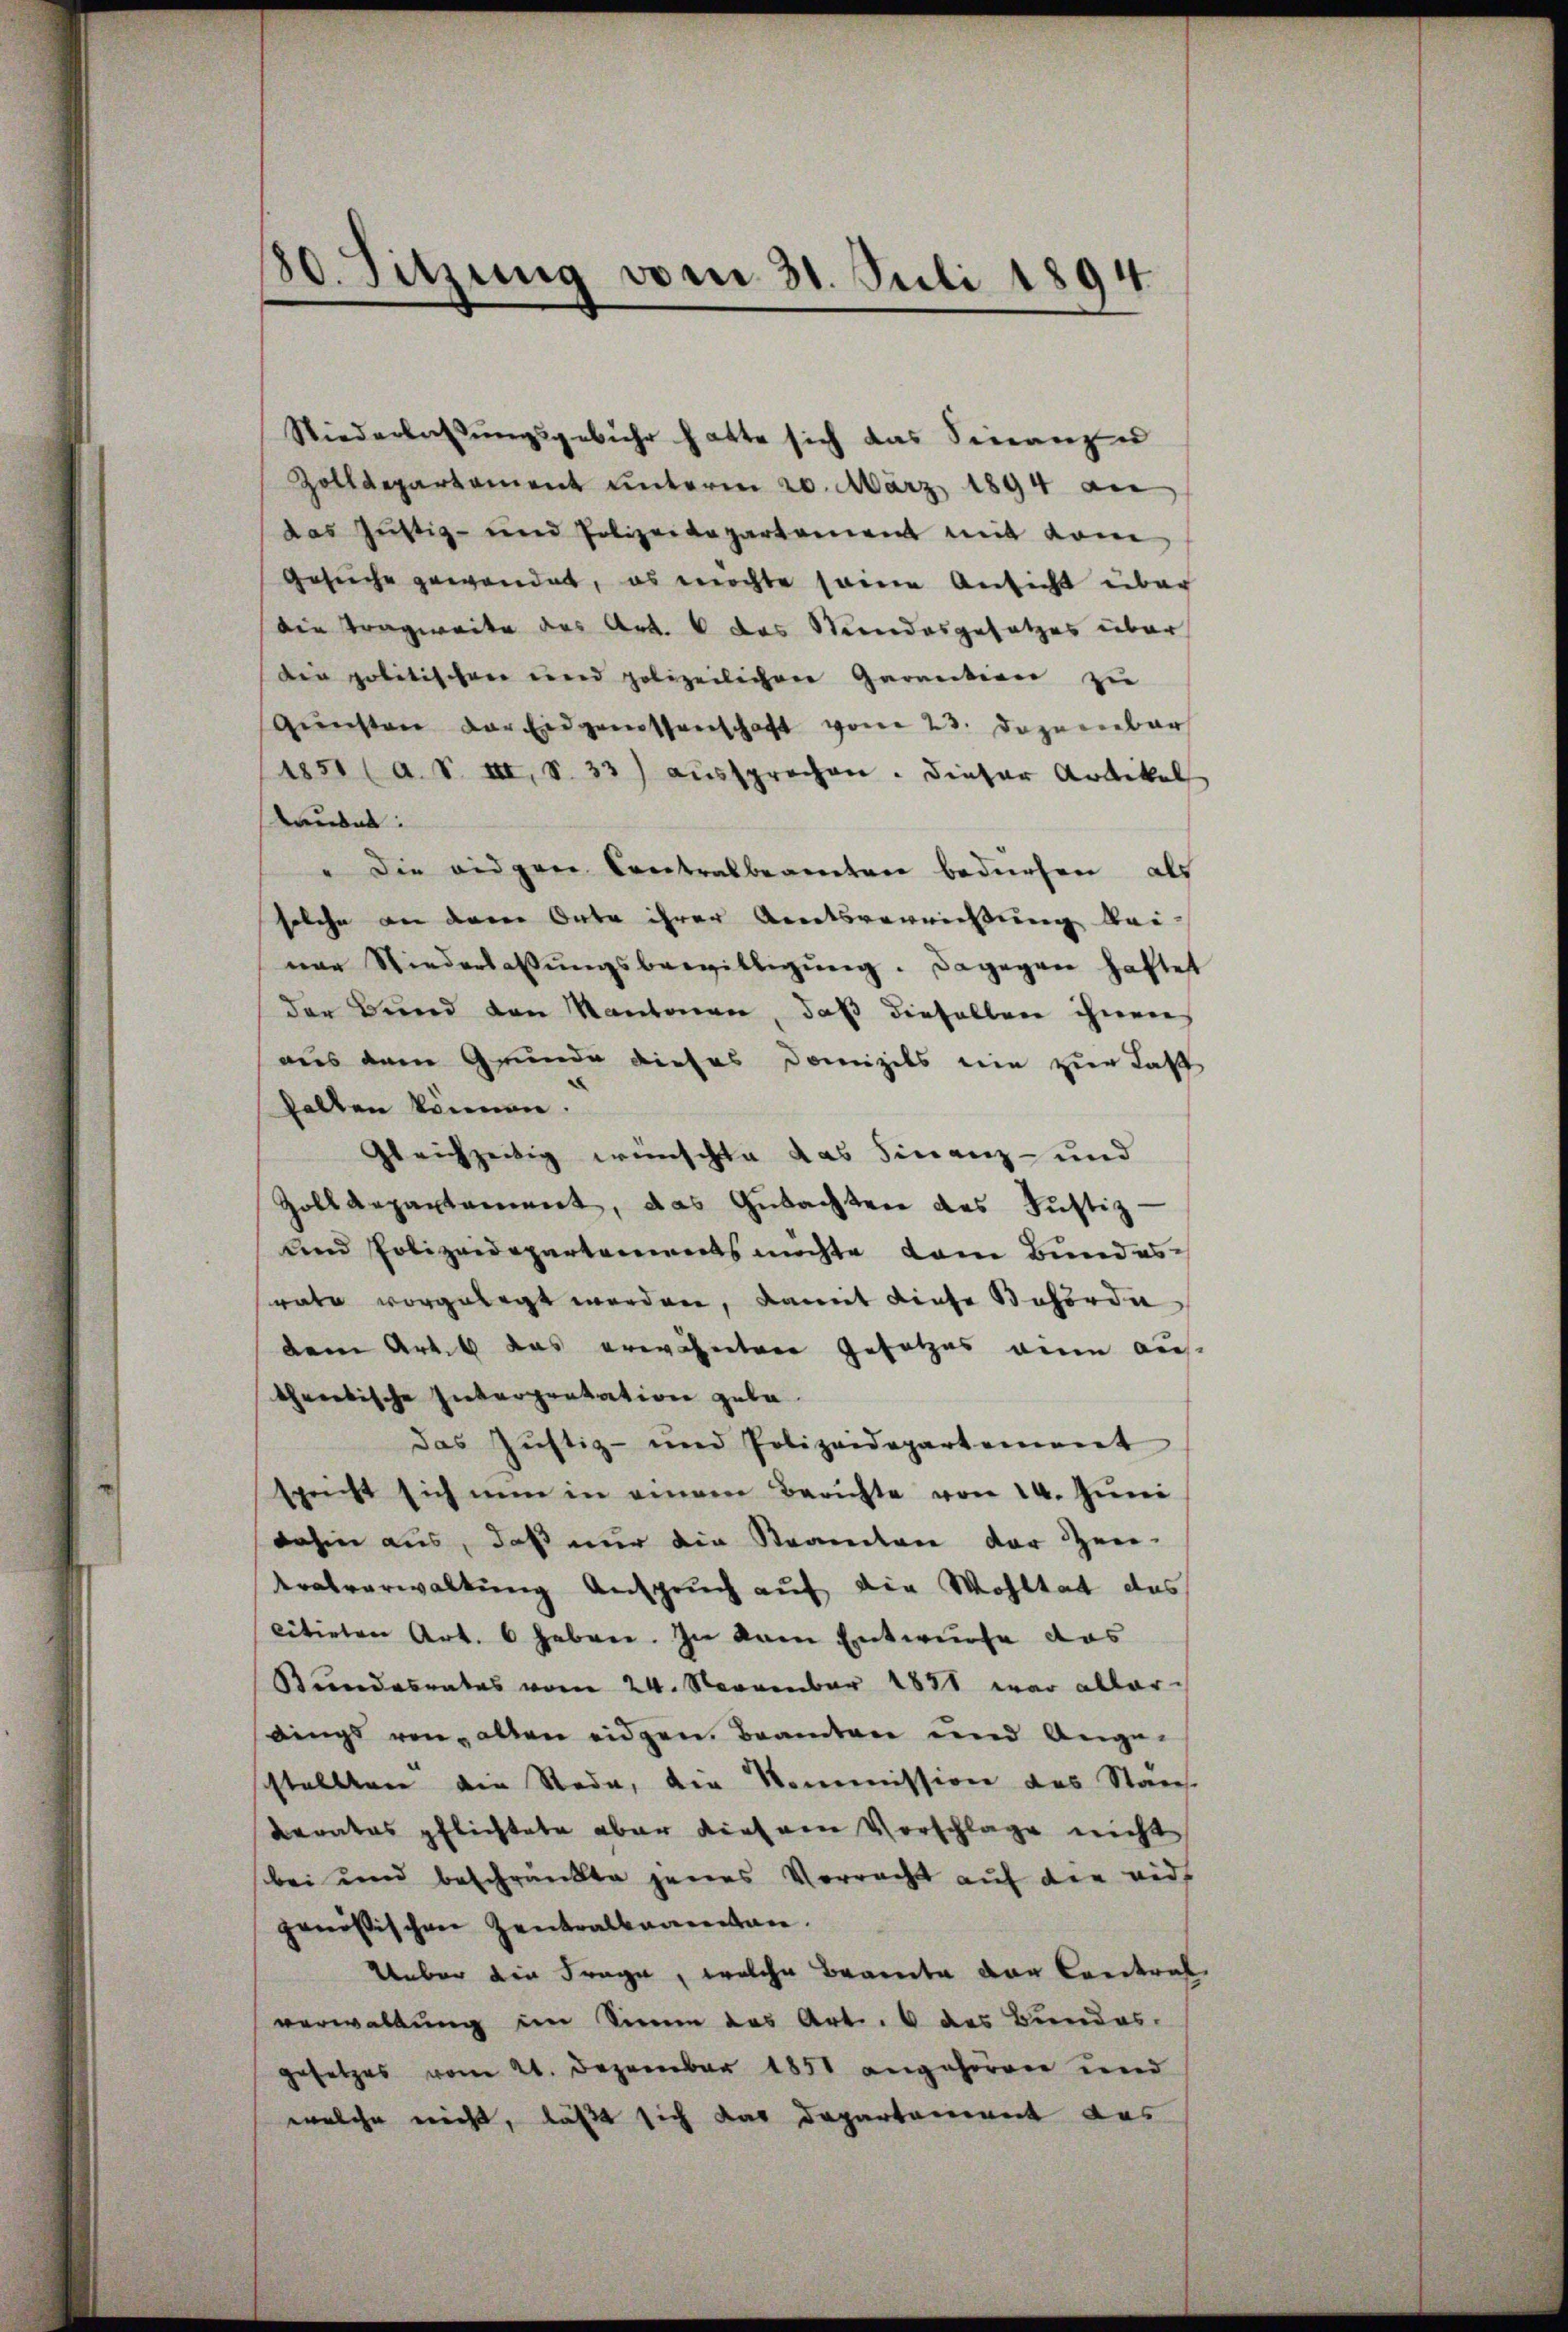
880. Sitzung vom 31. Juli 1894

Niederlassungsgebühr hatte sich das Finanze
Zolldepartement unterm 20. März 1894 an
das Justiz- und Polizeidepartement mit vom
Gesuche gewendet, es möchte seine Ansicht über
die Tragweite des Art. 6 das Stundesgesetzes über
den politischen eine polizeilichen Garantion zu
Gŭnsten der Eidgenossenschaft vom 23. Dezember
1851 (a. S. II, S. 33) aŭssprechen. Dieser Artikel
Lauber:
" die eidgen Cretralbeamtere bedürfen, als
solche an dem Orte ihrer Amtsverrichtung bei
ner Niederlassŭngsbewilligŭng. Dagegen haftet
der Bund von Kantonen, daß dieselben ihnen
aus dem Grunde dieses Domizils nie zur Las
halten können.
gleichzeitig wünschte das Finanz- und
Zolldepartament, das Gutachten des Justiz-
und Polizeidepartements möchte dem Bundesrate vorgelegt werden, damit diese Behörden
dem Art. 6 das erwähnetene Gesetzes den aus
threckische Interpentation gebe.
das Justiz- und Polizeidepartement
spricht sich nun in einem Berichte von 14. Juni
dahin aus, daß nur die Steamten der Zei-
tralverwaltung Anspruch auf die Wohltat das
citirten Art. 6 haben. In dem Entwurfe das
Bundesrates vom 24. November 1881 war aller-
dings von allen eidgen Beamten und Ange-
stellten den Rede, die Kommission des Staus
berates pflichtete aber diesem Vorschlage nicht
bei und beschränkte jenes Vorracht auf die rief
genößischen Zentralbanentan.
Ueber die Frage, welche Beamte der Landtrat
verwaltung im Sinne das Art. 6 des Bundes.
gesetzes vom 21. Dezember 1851 angehören und
welche nicht, läßt sich das Departament das